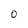
Character: O